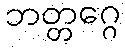
ဘတ္တဂ္ဂေ